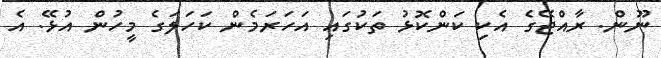
ނޫން. ރާއްޖޭގެ އެކި ކަންކޮޅު ތަކުގައި އަހަރަމެން ކަހަލަގެ މީހުން އުޅޭ. އެ